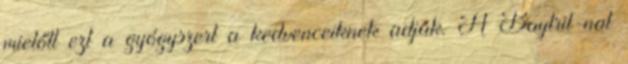
mielőtt ezt a gyógyszert a kedvenceiknek adják. A Baytril-nal